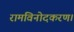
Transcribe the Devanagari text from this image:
रामविनोदकरण।